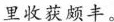
里收获颇丰。